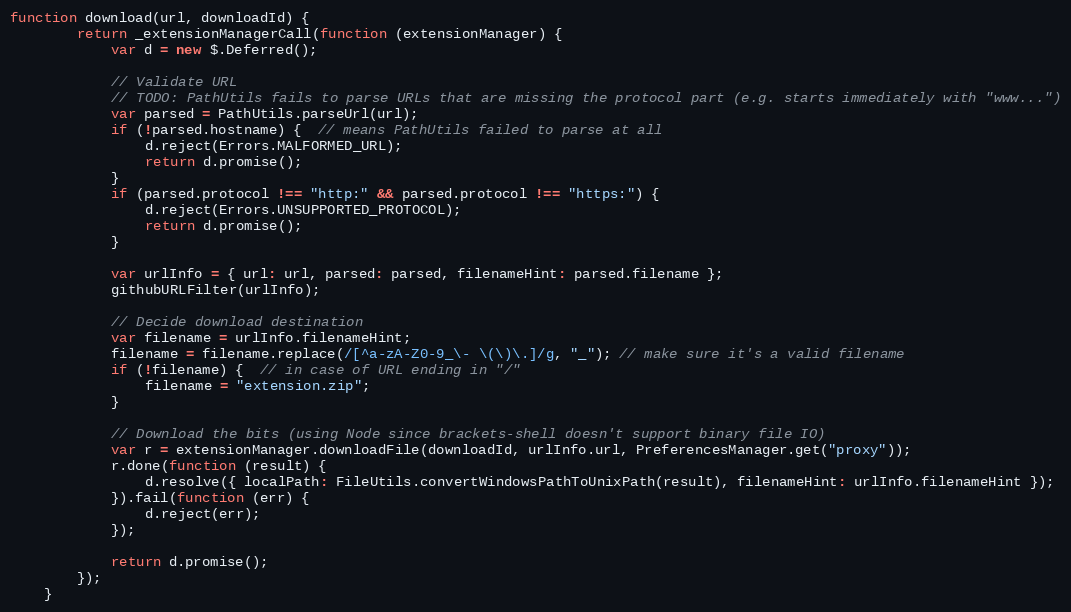
Language: JavaScript
function download(url, downloadId) {
        return _extensionManagerCall(function (extensionManager) {
            var d = new $.Deferred();

            // Validate URL
            // TODO: PathUtils fails to parse URLs that are missing the protocol part (e.g. starts immediately with "www...")
            var parsed = PathUtils.parseUrl(url);
            if (!parsed.hostname) {  // means PathUtils failed to parse at all
                d.reject(Errors.MALFORMED_URL);
                return d.promise();
            }
            if (parsed.protocol !== "http:" && parsed.protocol !== "https:") {
                d.reject(Errors.UNSUPPORTED_PROTOCOL);
                return d.promise();
            }

            var urlInfo = { url: url, parsed: parsed, filenameHint: parsed.filename };
            githubURLFilter(urlInfo);

            // Decide download destination
            var filename = urlInfo.filenameHint;
            filename = filename.replace(/[^a-zA-Z0-9_\- \(\)\.]/g, "_"); // make sure it's a valid filename
            if (!filename) {  // in case of URL ending in "/"
                filename = "extension.zip";
            }

            // Download the bits (using Node since brackets-shell doesn't support binary file IO)
            var r = extensionManager.downloadFile(downloadId, urlInfo.url, PreferencesManager.get("proxy"));
            r.done(function (result) {
                d.resolve({ localPath: FileUtils.convertWindowsPathToUnixPath(result), filenameHint: urlInfo.filenameHint });
            }).fail(function (err) {
                d.reject(err);
            });

            return d.promise();
        });
    }